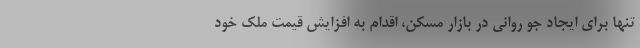
تنها برای ایجاد جو روانی در بازار مسکن، اقدام به افزایش قیمت ملک خود